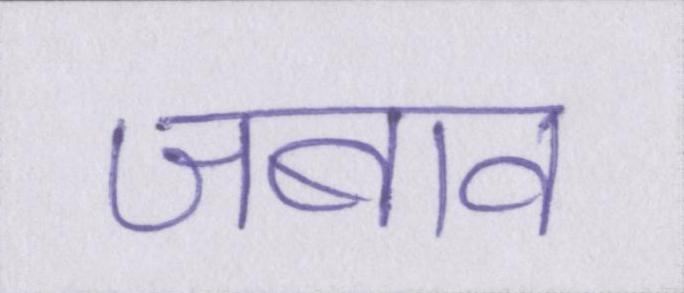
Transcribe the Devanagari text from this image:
जबाव